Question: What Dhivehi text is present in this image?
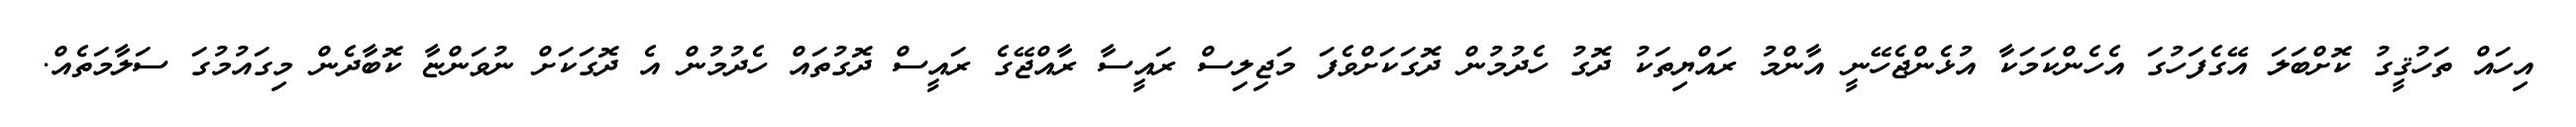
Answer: އިހައް ތަހުޤީގު ކޮށްބަލަ އޭގެފަހުގަ އެހެންކަމަކާ އުޅެންޖެހޭނީ އާންމު ރައްޔިތަކު ދޮގު ހެދުމުން ދޮގަކަށްވެފަ މަޖިލިސް ރައީސާ ރާއްޖޭގެ ރައީސް ދޮގުތައް ހެދުމުން އެ ދޮގަކަށް ނުވަންޏާ ކޮބާދެން މިގައުމުގަ ސަލާމަތެއް.